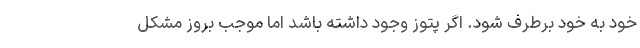
خود به خود برطرف شود. اگر پتوز وجود داشته باشد اما موجب بروز مشکل